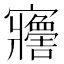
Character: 𡬋